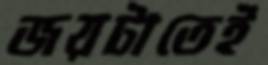
জয়টাতেই